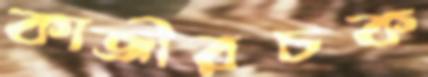
কাজীরচক